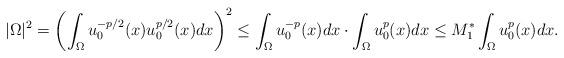
LaTeX: \begin{align*} |\Omega|^2=\left(\int_{\Omega} u_0^{-p/2}(x) u_0^{p/2}(x)dx\right)^2\le \int_\Omega u_0^{-p}(x) dx\cdot\int_\Omega u_0^p(x)dx\le M_1^*\int_\Omega u_0^p(x)dx.\end{align*}